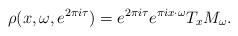
LaTeX: \begin{align*}\rho(x, \omega, e^{2 \pi i \tau}) = e^{2 \pi i \tau} e^{\pi i x \cdot \omega} T_x M_\omega .\end{align*}